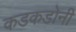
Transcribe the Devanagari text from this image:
कडकडोनी